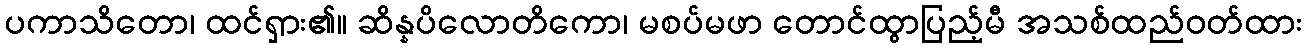
ပကာသိတော၊ ထင်ရှား၏။ ဆိန္နပိလောတိကော၊ မစပ်မဖာ တောင်ထွာပြည့်မီ အသစ်ထည်ဝတ်ထား